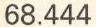
68.444